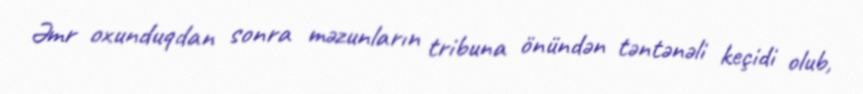
Əmr oxunduqdan sonra məzunların tribuna önündən təntənəli keçidi olub,